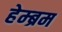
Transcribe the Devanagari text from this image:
हेम्‍ब्रम